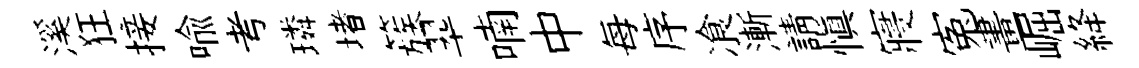
溪狂接喩考璘堵簇翆喃中每序飡漸請愼寢寃畫崛絳